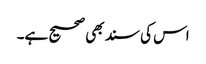
اس کی سند بھی صحیح ہے۔